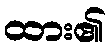
ထား၏